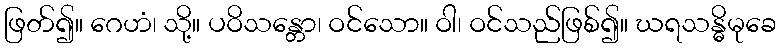
ဖြတ်၍။ ဂေဟံ၊ သို့။ ပဝိသန္တော၊ ဝင်သော။ ဝါ၊ ဝင်သည်ဖြစ်၍။ ဃရသန္ဓိမုခေ